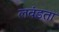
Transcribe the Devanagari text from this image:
लवंडता